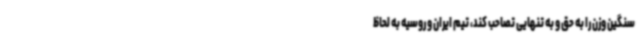
سنگین وزن را به حق و به تنهایی تصاحب کند، تیم ایران و روسیه به لحاظ